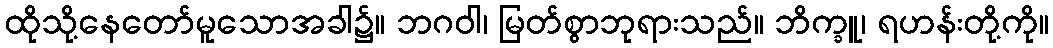
ထိုသို့နေတော်မူသောအခါ၌။ ဘဂဝါ၊ မြတ်စွာဘုရားသည်။ ဘိက္ခူ၊ ရဟန်းတို့ကို။